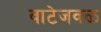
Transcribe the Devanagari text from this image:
वाटेजवळ